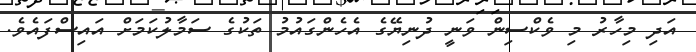
އަދި މިހާރު މި ވެކްސިން ވަނީ ދުނިޔޭގެ އެހެންގައުމު ތަކުގެ ސަމާލުކަމަށް އައިސްފައެވެ.